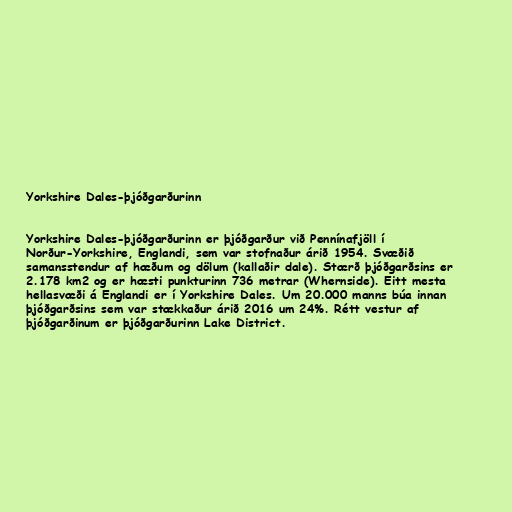
Yorkshire Dales-þjóðgarðurinn

Yorkshire Dales-þjóðgarðurinn er þjóðgarður við Pennínafjöll í
Norður-Yorkshire, Englandi, sem var stofnaður árið 1954. Svæðið
samansstendur af hæðum og dölum (kallaðir dale). Stærð þjóðgarðsins er
2.178 km2 og er hæsti punkturinn 736 metrar (Whernside). Eitt mesta
hellasvæði á Englandi er í Yorkshire Dales. Um 20.000 manns búa innan
þjóðgarðsins sem var stækkaður árið 2016 um 24%. Rétt vestur af
þjóðgarðinum er þjóðgarðurinn Lake District.